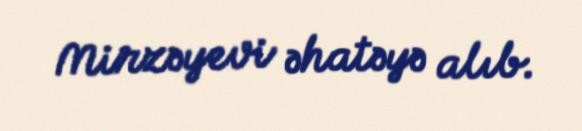
Mirzəyevi əhatəyə alıb.